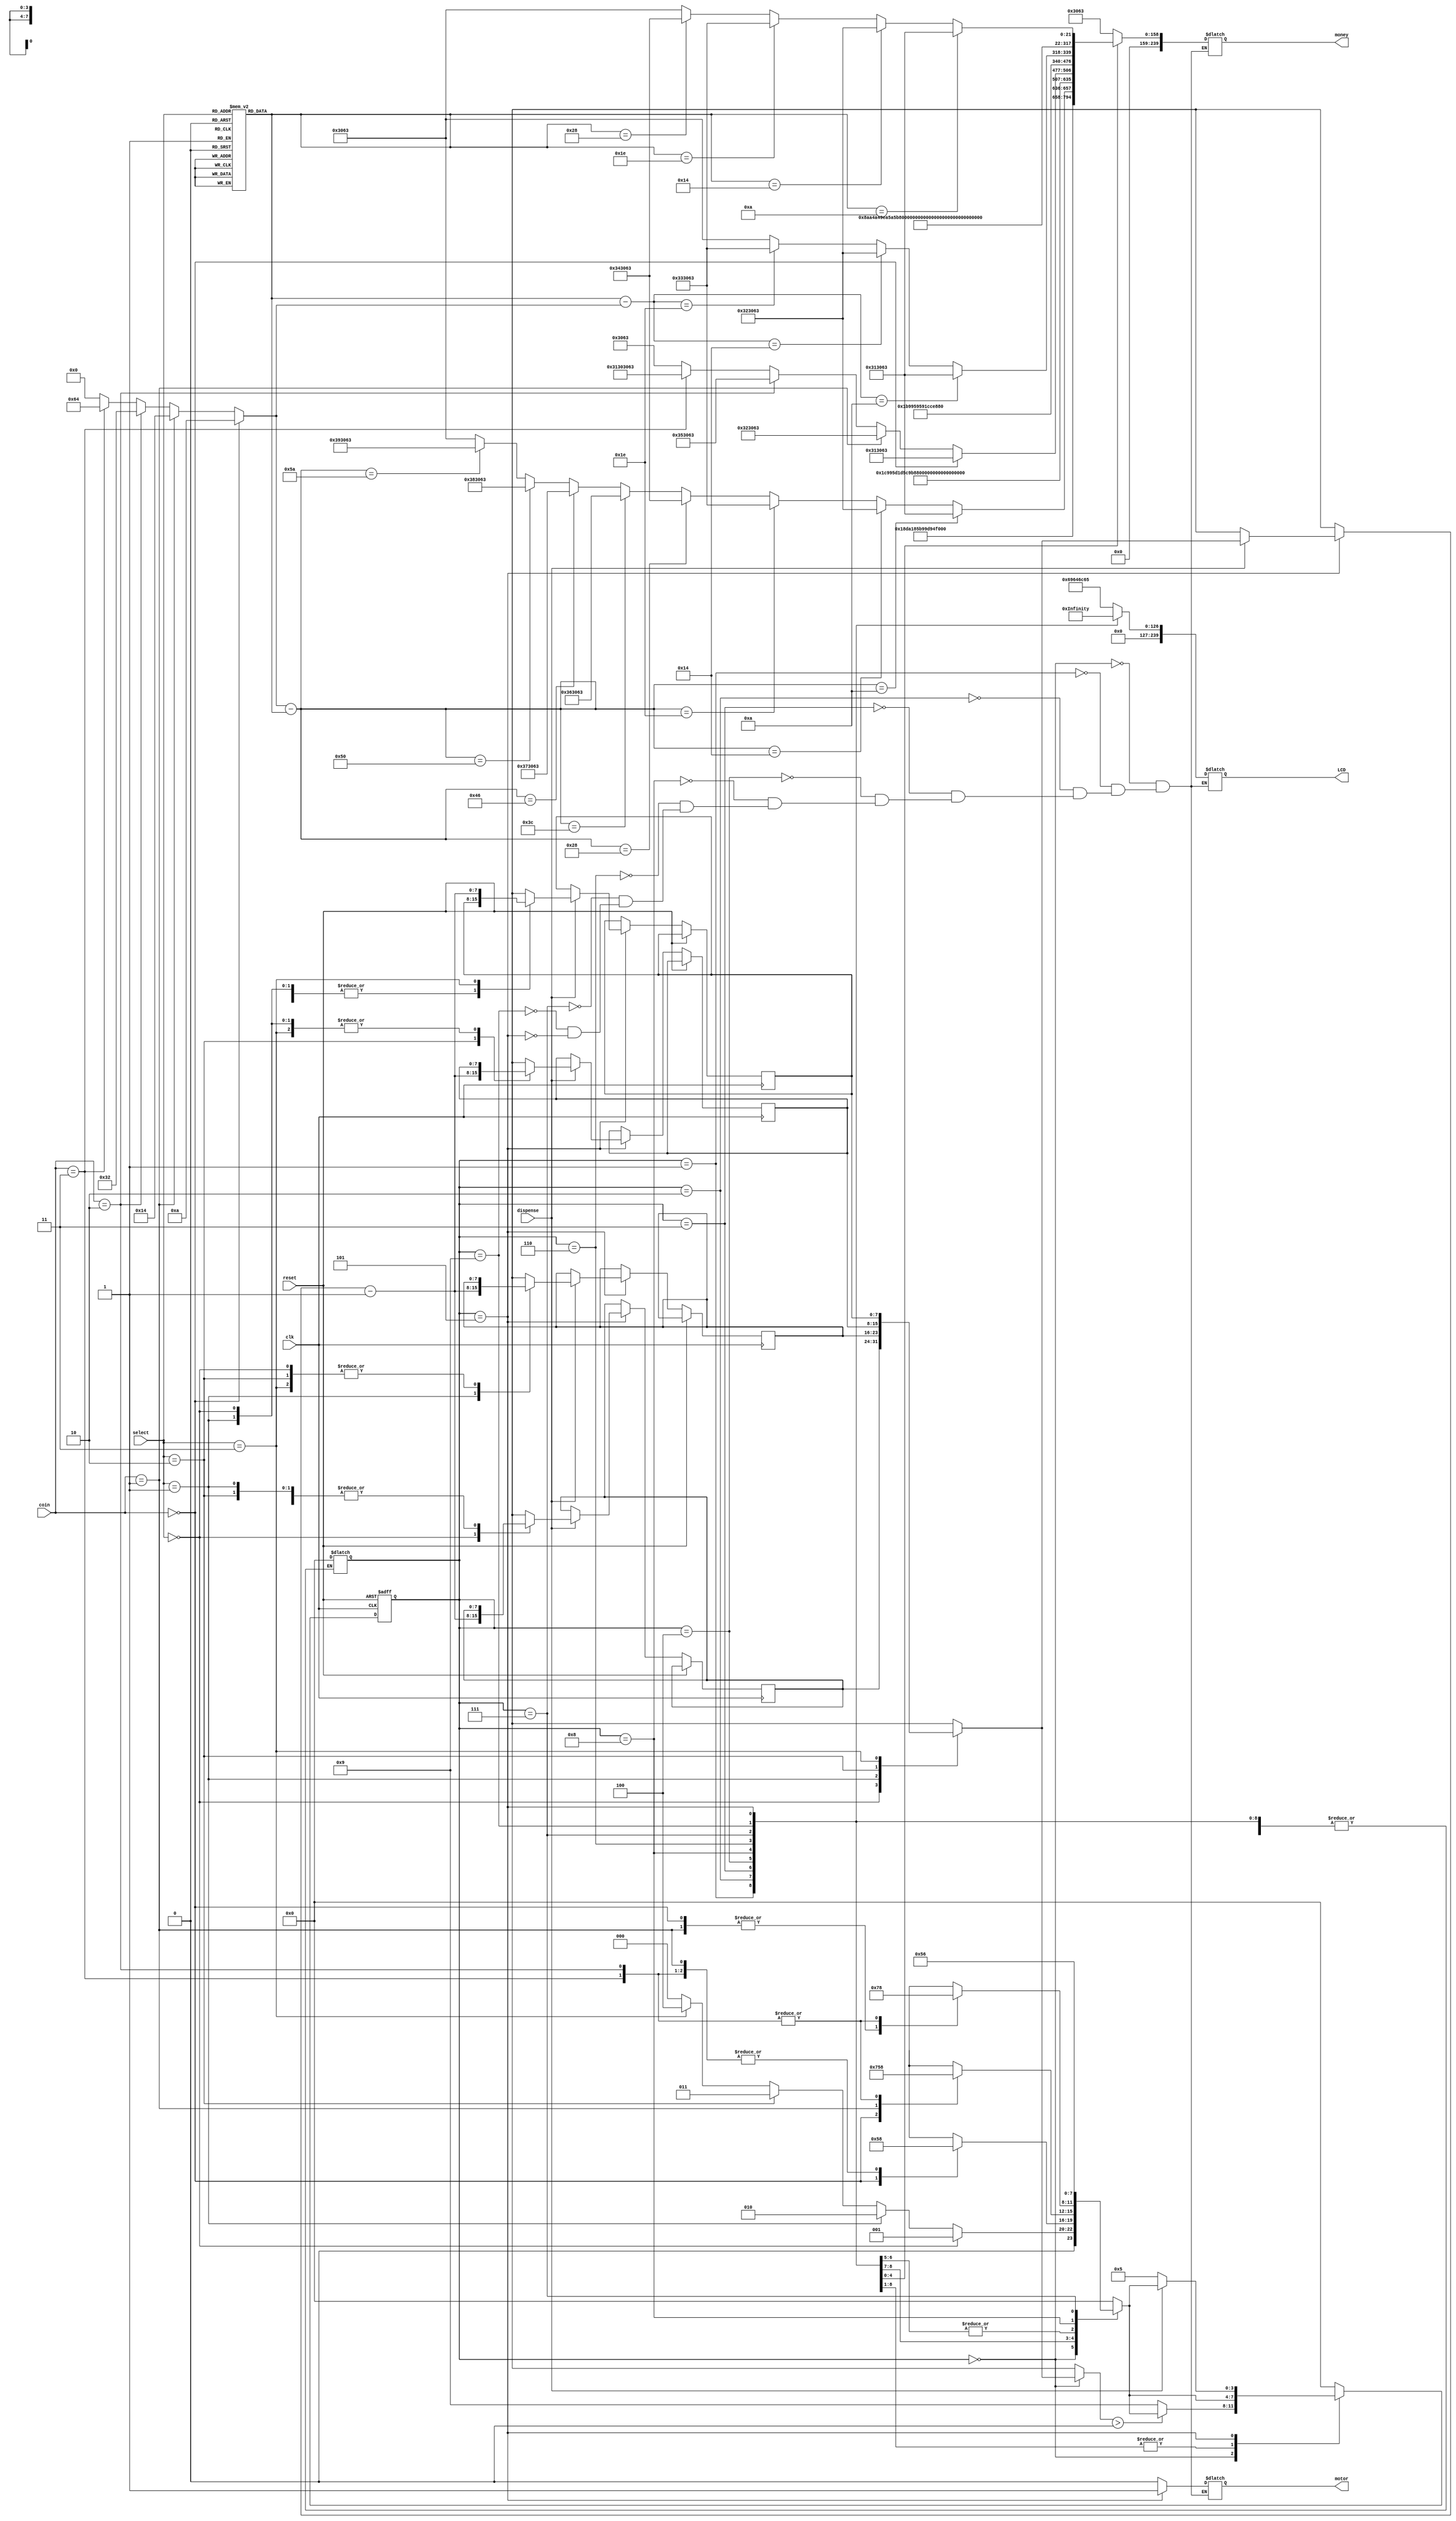
module vending_machine(
    output reg [8*30-1:0] LCD,
    output reg [8*30-1:0] money,
    output reg motor,
    input clk,
    input reset,
    input [1:0] select,
    input [1:0] coin,
    input dispense
);

    reg [3:0] current_state;
    reg [3:0] next_state;

    parameter idle = 4'b0000;
    parameter wait_10c = 4'b0001;
    parameter wait_20c = 4'b0010;
    parameter wait_30c = 4'b0011;
    parameter wait_40c = 4'b0100;
    parameter dispensing = 4'b0101;
    parameter return_money = 4'b0110;
    parameter insufficient = 4'b0111;
    parameter return_change = 4'b1000;
    parameter out_of_stock = 4'b1001;

    reg [7:0] product_price [3:0]; 
    reg [7:0] product_count [3:0]; 

    integer balance;
    integer change;

    initial begin
        product_price[0] = 10;
        product_price[1] = 20;
        product_price[2] = 30;
        product_price[3] = 40;

        product_count[0] = 4;
        product_count[1] = 2;
        product_count[2] = 2;
        product_count[3] = 0;
    end

    always @(posedge clk or posedge reset) begin
        if (reset) current_state <= idle;

        else begin
            case (current_state)
                default: current_state <= idle;
                idle: begin
                    if (product_count[select] > 0)
                        current_state <= next_state;
                    else
                        current_state <= out_of_stock;    
                end
                wait_10c, wait_20c, wait_30c, wait_40c, return_money, out_of_stock,
                    insufficient, return_change: current_state <= next_state;
                dispensing: begin
                    if (dispense == 1) begin
                        product_count[select] = product_count[select] - 1;
                        current_state <= next_state;
                    end
                    else
                        current_state <= dispensing;
                end
            endcase
        end
    end

    always @(current_state) begin
        case (current_state)
                default: current_state <= idle;
                idle: begin
                    LCD <= "idle";
                    money <= "0c";
                    motor <= 0;
                end
                wait_10c: begin
                    LCD <= "waiting for 10c";
                    money <= "0c";
                    motor <= 0;
                end
                wait_20c: begin
                    LCD <= "waiting for 20c";
                    money <= "0c";
                    motor <= 0;
                end
                wait_30c: begin
                    LCD <= "waiting for 30c";
                    money <= "0c";
                    motor <= 0;
                end
                wait_40c: begin
                    LCD <= "waiting for 40c";
                    money <= "0c";
                    motor <= 0;
                end
                return_change: begin
                    LCD <= "returning change";
                    begin 
                    balance = (coin == 2'b00) ? 10 :
                              (coin == 2'b01) ? 20 :
                              (coin == 2'b10) ? 50 :
                              (coin == 2'b11) ? 100 : 0;
                    end
                    change = balance - product_price[select];
                    money <= {"change: ", (change == 10) ? "10c" :
                        (change == 20) ? "20c" :
                        (change == 30) ? "30c" :
                        (change == 40) ? "40c" :
                        (change == 60) ? "60c" :
                        (change == 70) ? "70c" :
                        (change == 80) ? "80c" :
                        (change == 90) ? "90c" : "0c"};
                        motor <= 0;
                end
                return_money: begin
                    LCD <= "returning money";
                    money <= {"return amount: ", (coin == 2'b00) ? "10c" :
                        (coin == 2'b01) ? "20c" :
                        (coin == 2'b10) ? "50c" :
                        (coin == 2'b11) ? "100c" : "0c"}; 
                    motor <= 0;
                end
                insufficient: begin
                    LCD <= "insufficient";
                    begin 
                    balance = (coin == 2'b00) ? 10 :
                              (coin == 2'b01) ? 20 :
                              (coin == 2'b10) ? 50 :
                              (coin == 2'b11) ? 100 : 0;
                    end
                    change = product_price[select] - balance;
                    money <= {"needs: ", (change == 10) ? "10c" :
                        (change == 20) ? "20c" :
                        (change == 30) ? "30c" : "0c"};
                    motor <= 0;
                end
                out_of_stock: begin
                    LCD <= "out of stock";
                    money <= "ERROR";
                    motor <= 0;
                end
                dispensing: begin
                    LCD <= "dispensing";
                    money <= {"inserted amount: ", (product_price[select] == 10) ? "10c" :
                        (product_price[select] == 20) ? "20c" :
                        (product_price[select] == 30) ? "30c" :
                        (product_price[select] == 40) ? "40c" : "0c"}; 
                    motor <= 1;
                end
            endcase    
    end


    always @(current_state or select or coin or dispense) begin
        case(current_state)
            default: next_state = idle;
            idle: begin 
                    next_state = (select == 2'b00) ? wait_10c :
                        (select == 2'b01) ? wait_20c :
                        (select == 2'b10) ? wait_30c :
                        (select == 2'b11) ? wait_40c : idle;
                    end
            wait_10c: case(coin)
                2'b00: next_state = dispensing;
                2'b01: next_state = return_change;       
                2'b10, 2'b11: next_state = return_change; 
            endcase  
            wait_20c: case(coin)
                2'b00: next_state = insufficient;
                2'b01: next_state = dispensing;       
                2'b10, 2'b11: next_state = return_change; 
            endcase  
            wait_30c, wait_40c: case(coin)
                2'b00: next_state = insufficient;     
                2'b01: next_state = insufficient; 
                2'b10, 2'b11: next_state = return_change; 
            endcase
            return_change: next_state = dispensing;
            dispensing: next_state = ((dispense == 1) ? idle : dispensing);
            insufficient: next_state = return_money;
            return_money: next_state = idle;
            out_of_stock: next_state = idle;
        endcase
    end

endmodule